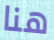
هنا